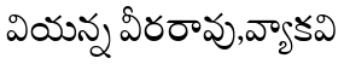
వియన్న వీరరావు,వ్యాకవి